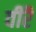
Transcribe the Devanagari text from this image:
वीरै